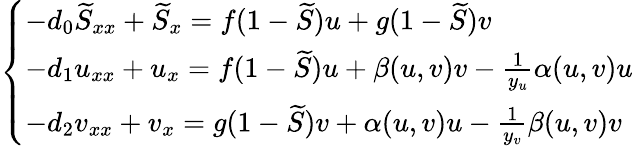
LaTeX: \left\{ \begin{array}{l}{-d_{0}\widetilde{S}_{xx}+\widetilde{S}_{x}=f(1-\widetilde{S})u+g(1-\widetilde{S})v}\\ {-d_{1}u_{xx}+u_{x}=f(1-\widetilde{S})u+\beta(u,v)v-\frac{1}{y_{u}}\alpha(u,v)u}\\ {-d_{2}v_{xx}+v_{x}=g(1-\widetilde{S})v+\alpha(u,v)u-\frac{1}{y_{v}}\beta(u,v)v}\end{array}\right.